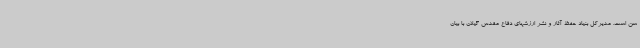
سن است. مدیرکل بنیاد حفظ آثار و نشر ارزشهای دفاع مقدس گیلان با بیان